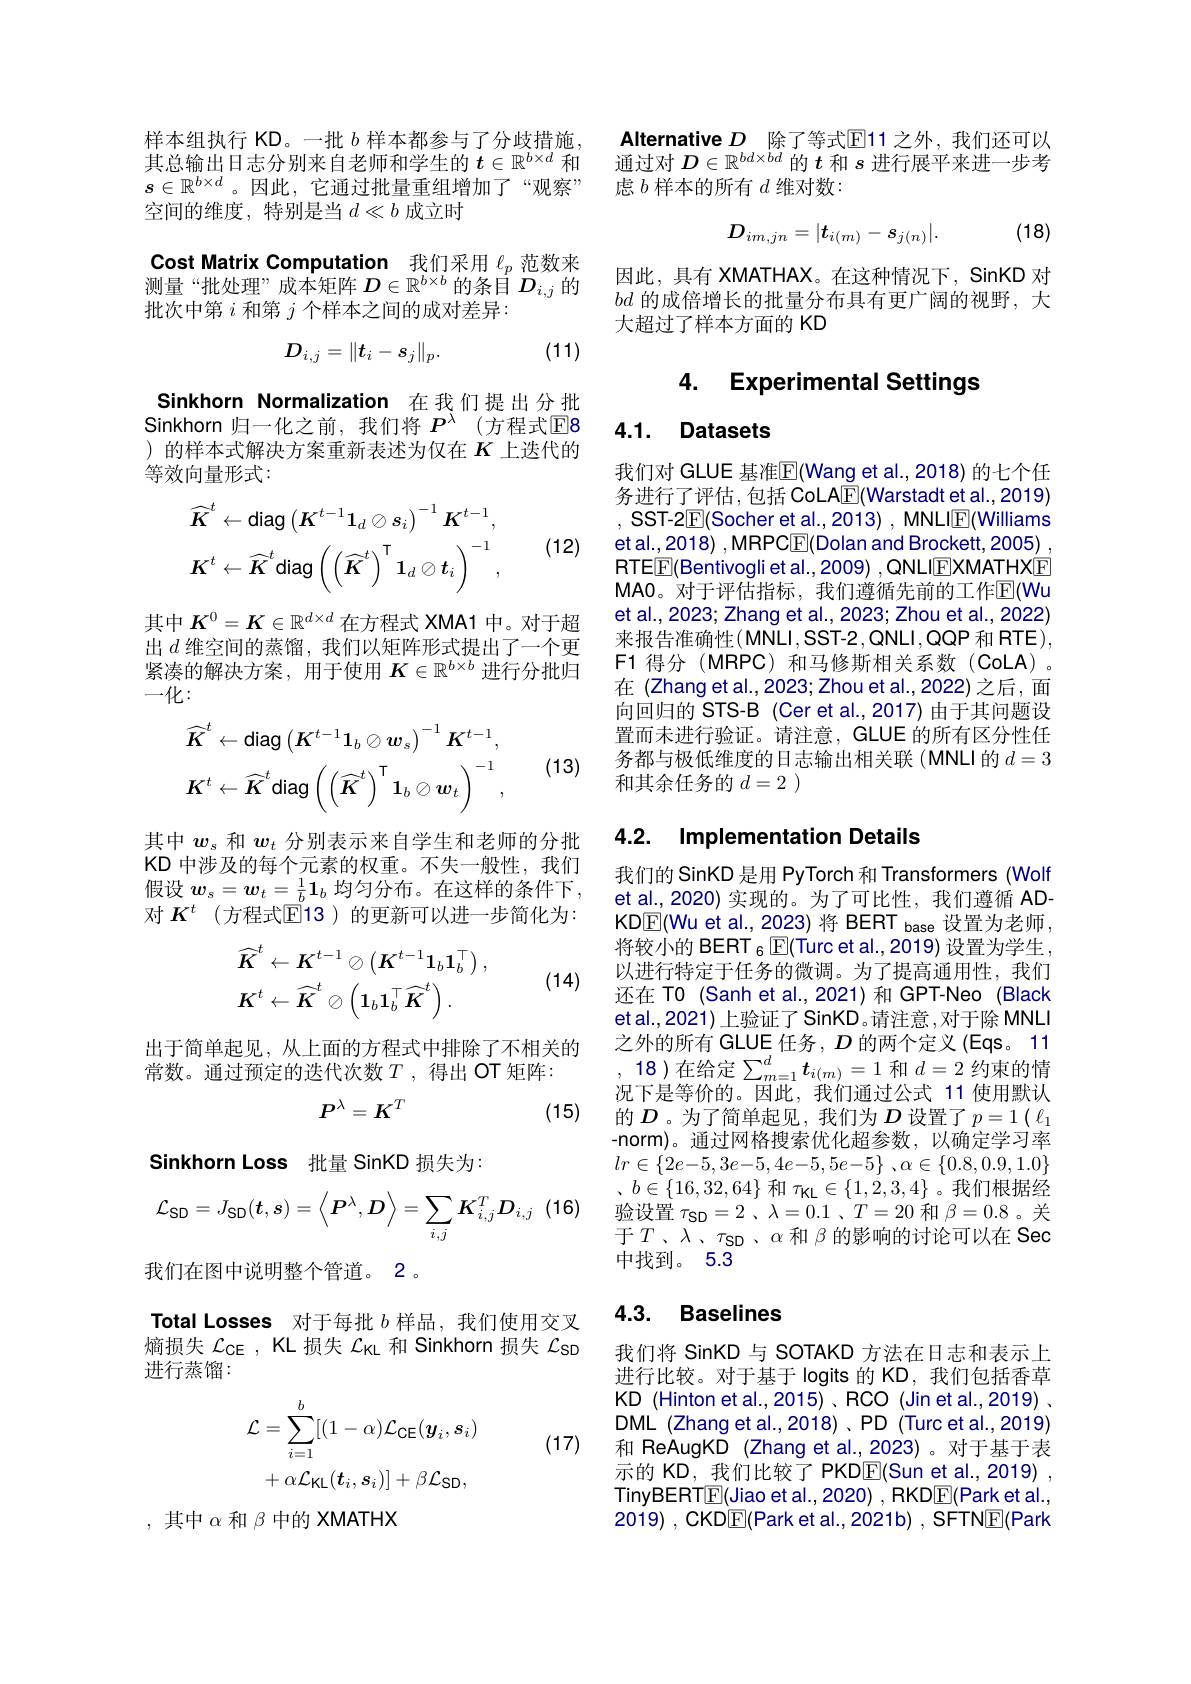
样本组执行 KD。一批$b$样本都参与了分歧措施其总输出日志分别来自老师和学生的$t\in\mathbb{R}^b\times d$和$s\in\mathbb{R}^{b\times d}$。因此，它通过批量重组增加了“观察” 空间的维度，特别是当$d\ll b$成立时

Cost Matrix Computation 我们采用$\ell_p$范数来测量“批处理”成本矩阵$D\in\mathbb{R}^b\times b$的条目$D_i,j$的批次中第$i$和第$j$个样本之间的成对差异：
$$D_{i,j}=\|t_i-s_j\|_p.$$
(11)

Sinkhorn Normalization 在我们提出分批Sinkhorn 归一化之前，我们将$P^\lambda$ (方程式E8 )的样本式解决方案重新表述为仅在$K$上迭代的等效向量形式：

(12)
$$\widehat{K}^{t}\leftarrow\mathsf{diag}\left(K^{t-1}\mathbf{1}_{d}\otimes s_{i}\right)^{-1}K^{t-1},\\K^{t}\leftarrow\widehat{K}^{t}\mathsf{diag}\left(\left(\widehat{K}^{t}\right)^{\intercal}\mathbf{1}_{d}\otimes t_{i}\right)^{-1},$$
其中$K^0=K\in\mathbb{R}^{d\times d}$在方程式 XMA1 中。对于超出$d$维空间的蒸馏，我们以矩阵形式提出了一个更紧凑的解决方案，用于使用$K\in\mathbb{R}^b\times b$进行分批归一化：

(13)
$$\widehat{K}^{t}\leftarrow\mathsf{diag}\left(K^{t-1}\mathbf{1}_{b}\otimes\boldsymbol{w}_{s}\right)^{-1}K^{t-1},\\K^{t}\leftarrow\widehat{K}^{t}\mathsf{diag}\left(\left(\widehat{\boldsymbol{K}}^{t}\right)^{\mathsf{T}}\mathbf{1}_{b}\otimes\boldsymbol{w}_{t}\right)^{-1},$$
其中$w_s$和$w_t$分别表示来自学生和老师的分批KD 中涉及的每个元素的权重。不失一般性，我们假设$\boldsymbol w_s=\boldsymbol{w}_t=\frac1b\mathbf{1}_b$均匀分布。在这样的条件下， 对 $K^t$ (方程式$\mathbb{E}$13)的更新可以进一步简化为：
$$\begin{aligned}&\widehat{K}^{t}\leftarrow K^{t-1}\otimes\left(K^{t-1}\mathbf{1}_{b}\mathbf{1}_{b}^{\top}\right),\\&K^{t}\leftarrow\widehat{K}^{t}\otimes\left(\mathbf{1}_{b}\mathbf{1}_{b}^{\top}\widehat{K}^{t}\right).\end{aligned}$$
(14)

出于简单起见，从上面的方程式中排除了不相关的
常数。通过预定的迭代次数$T$ ,得出 OT 矩阵：
$$P^\lambda=K^T$$
(15)

Sinkhorn Loss 批量 SinKD 损失为：
$$\mathcal{L}_{\mathrm{SD}}=J_{\mathrm{SD}}(\boldsymbol{t},\boldsymbol{s})=\left\langle\boldsymbol{P}^{\lambda},\boldsymbol{D}\right\rangle=\sum_{i,j}\boldsymbol{K}_{i,j}^{T}\boldsymbol{D}_{i,j}$$
我们在图中说明整个管道。2。
Total Losses 对于每批$b$样品，我们使用交叉熵损失$\mathcal{L}_\mathrm{CE}$, KL 损失$\mathcal{L}_\mathrm{KL}$和 Sinkhorn 损失$\mathcal{L}_\mathrm{SD}$ 进行蒸馏：

(17)
$$\begin{aligned}\mathcal{L}&=\sum_{i=1}^{b}[(1-\alpha)\mathcal{L}_{\mathsf{CE}}(y_{i},s_{i})\\&+\alpha\mathcal{L}_{\mathsf{KL}}(t_{i},s_{i})]+\beta\mathcal{L}_{\mathsf{SD}},\end{aligned}$$
,其中$\alpha$和$\beta$中的 XMATHX

Alternative $D$ 除了等式$\operatorname{E}$11 之外，我们还可以通过对$D\in\mathbb{R}^bd\times bd$的$t$和$s$进行展平来进一步考虑$b$样本的所有$d$维对数：
$$D_{im,jn}=|t_{i(m)}-s_{j(n)}|.$$
(18)

因此，具有 XMATHAX。在这种情况下，SinKD 对$bd$的成倍增长的批量分布具有更广阔的视野，大大超过了样本方面的 KD

### 4. Experimental Settings

### 4.1. Datasets

我们对 GLUE 基准$\overline{\mathbb{F}}($Wang et al.,2018) 的七个任务进行了评估，包括 CoLAE(Warstadt et al.,2019) ,SST-2$\overline{\mathbb{E}}($Socher et al., 2013), MNLIE(Williams etal., 2018) , MRPC$\underline{\mathrm{E}}($Dolan and Brockett, 2005) , RTEE(Bentivogli et al., 2009) , QNLIEXMATHXE MAO。对于评估指标，我们遵循先前的工作$\mathbb{E}($Wu et al., 2023; Zhang et al., 2023; Zhou et al., 2022) 来报告准确性(MNLI,SST-2,QNLI,QQP和RTE), F1 得分(MRPC)和马修斯相关系数(CoLA)。在 (Zhang et al.,2023; Zhou et al.,2022) 之后，面向回归的 STS-B (Cer et al.,2017)由于其问题设置而未进行验证。请注意，GLUE 的所有区分性任务都与极低维度的日志输出相关联(MNLI的$d=3$ 和其余任务的$d=2$ )

### 4.2. Implementation Details

我们的 SinKD 是用 PyTorch 和 Transformers (Wolf et al., 2020) 实现的。为了可比性，我们遵循 ADKDE(Wu et al., 2023)将 BERT base 设置为老师， 将较小的 BERT $_{6}$ E(Turc et al.,2019) 设置为学生， 以进行特定于任务的微调。为了提高通用性，我们还在 TO (Sanh et al.,2021) 和 GPT-Neo (Black et al.,2021) 上验证了 SinKD。请注意 ,对于除 MNLI 之外的所有 GLUE 任务 , $D$的两个定义 (Eqs。11
18)在给定$\sum_m=1^d\boldsymbol{t}_{i(m)}=1$和$d=2$约束的情况下是等价的。因此，我们通过公式 11 使用默认的$D$ 。为了简单起见，我们为$D$设置了$p=1(\ell_1$ -norm)。通过网格搜索优化超参数，以确定学习率$lr\in \{ 2e- 5, 3e- 5, 4e- 5, 5e- 5\}$ $, \alpha \in \{ 0. 8, 0. 9, 1. 0\}$ $,b\in\{16,32,64\}$和$\tau_\mathrm{KL}\in\{1,\dot{2},3,4\}$ 。我们根据经验设置$\tau_{\mathrm{SD}}=2$ 、$\lambda=0.1$ 、$T=20$和$\beta=0.8$ 。关于$T$、$\lambda$、$\tau_\mathrm{SD}$、$\alpha$和$\beta$的影响的讨论可以在 Sec 中找到。5.3

### 4.3. Baselines

我们将 SinKD 与 SOTAKD 方法在日志和表示上进行比较。对于基于 logits 的 KD,我们包括香草KD (Hinton et al., 2015) 、RCO (Jin et al., 2019) , DML (Zhang et al.,2018)、PD (Turc et al.,2019) 和 ReAugKD (Zhang et al.,2023) 。对于基于表示的 KD, 我们比较了 PKD$\overline{\mathrm{E}}($Sun et al.,2019) TinyBERTE(Jiao et al., 2020) , RKDE(Park et al., 2019), CKDE(Park et al., 2021b) , SFTNE(Park